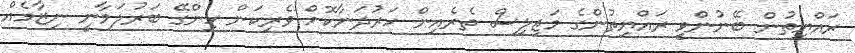
ރައްޔިތުން ބޭނުންވީ ރައްޔިތުންގެ މަޖިލިސް ތެރެއިން ހަރުދަނާކޮށް ވެރިކަން ހިންގޭ ބަރުލަމާނީ ނިޒާމެއް